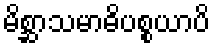
မိစ္ဆာသမာဓိပစ္စယာပိ